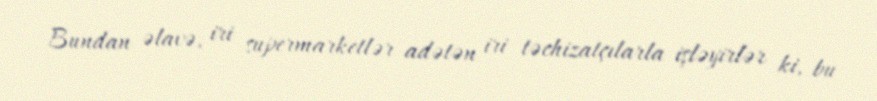
Bundan əlavə, iri supermarketlər adətən iri təchizatçılarla işləyirlər ki, bu